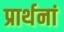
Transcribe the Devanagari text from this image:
प्रार्थनां